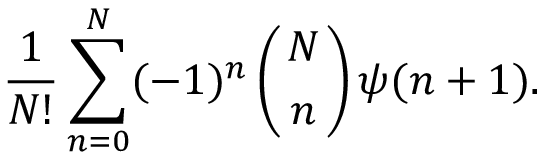
{ \frac { 1 } { N ! } } \sum _ { n = 0 } ^ { N } ( - 1 ) ^ { n } \left( N \atop n \right) \psi ( n + 1 ) .